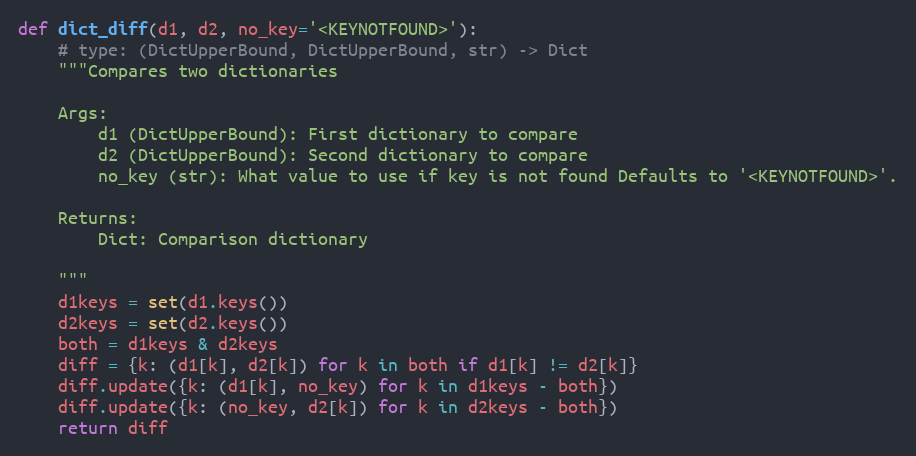
Language: Python
def dict_diff(d1, d2, no_key='<KEYNOTFOUND>'):
    # type: (DictUpperBound, DictUpperBound, str) -> Dict
    """Compares two dictionaries

    Args:
        d1 (DictUpperBound): First dictionary to compare
        d2 (DictUpperBound): Second dictionary to compare
        no_key (str): What value to use if key is not found Defaults to '<KEYNOTFOUND>'.

    Returns:
        Dict: Comparison dictionary

    """
    d1keys = set(d1.keys())
    d2keys = set(d2.keys())
    both = d1keys & d2keys
    diff = {k: (d1[k], d2[k]) for k in both if d1[k] != d2[k]}
    diff.update({k: (d1[k], no_key) for k in d1keys - both})
    diff.update({k: (no_key, d2[k]) for k in d2keys - both})
    return diff